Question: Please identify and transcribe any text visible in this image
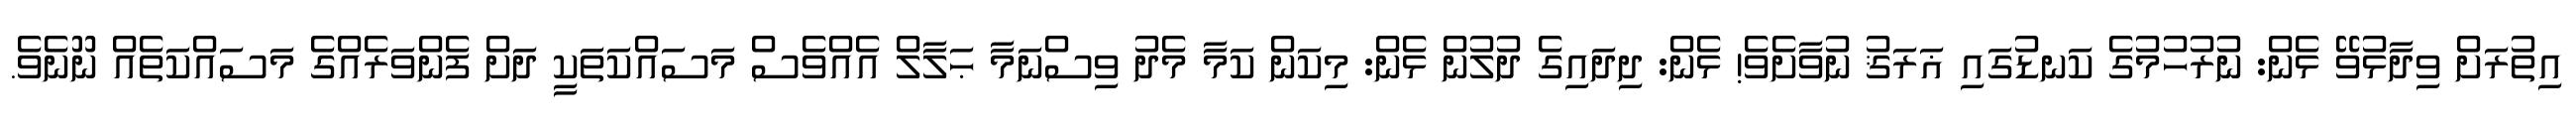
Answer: އިތުރަށް ވިދާޅުވޭ ޅެން: ނުރުހުމުގެ ކަނޑުގައި ޣަރަޤު ނުވާށެވެ! ޅެން: ދިދައިގެ ދުލުން ޅެން: މިކަން ކަމާ މެދު ވިސްނަމާ ޙަލާލް އެއްވެސް މަސައްކަތަކީ ދަށް ފެންވަރެއްގެ މަސައްކަތެއް ނޫނެވެ.